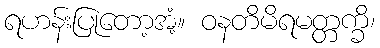
ရဟန်းပြုတော့အံ့။ ဝနတိမိရမတ္တက္ခိ၊